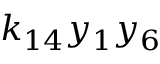
k _ { 1 4 } y _ { 1 } y _ { 6 }